画像に写った文字を読んでください
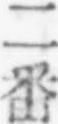
「二番」と書いてあります